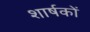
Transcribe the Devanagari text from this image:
शार्षकों